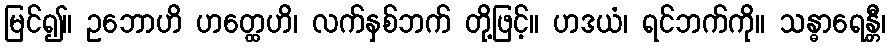
မြင်၍။ ဥဘောဟိ ဟတ္ထေဟိ၊ လက်နှစ်ဘက် တို့ဖြင့်။ ဟဒယံ၊ ရင်ဘက်ကို။ သန္ဓာရေန္တီ၊